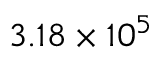
3 . 1 8 \times 1 0 ^ { 5 }